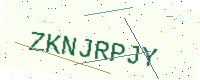
Text: ZKNJRPJY